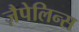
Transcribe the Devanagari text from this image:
ज़ैपेलिन्स